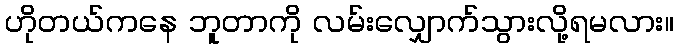
ဟိုတယ်ကနေ ဘူတာကို လမ်းလျှောက်သွားလို့ရမလား။